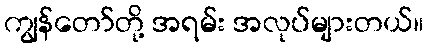
ကျွန်တော်တို့ အရမ်း အလုပ်များတယ်။